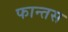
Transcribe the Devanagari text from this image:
फान्तस